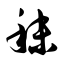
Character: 秣